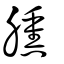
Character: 臐